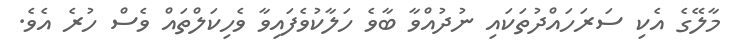
މާލޭގެ އެކި ސަރަހައްދުތަކައި ނުދުއްވާ ބާވެ ހަލާކުވެފައިވާ ވެހިކަލްތައް ވެސް ހުރެ އެވެ.